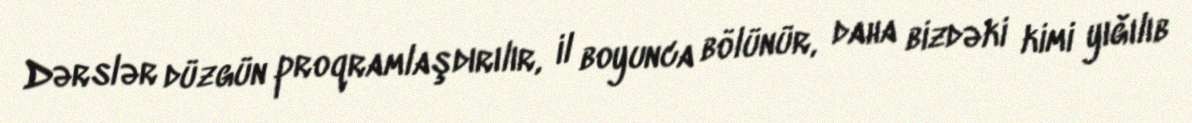
Dərslər düzgün proqramlaşdırılır, il boyunca bölünür, daha bizdəki kimi yığılıb